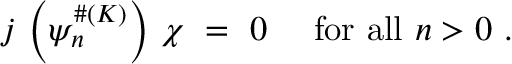
j \, \left( \psi _ { n } ^ { \# ( K ) } \right) \, \chi \ = \ 0 \ \quad \mathrm { f o r \ a l l } \ n > 0 \ .